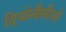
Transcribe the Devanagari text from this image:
दियोनीसीओ